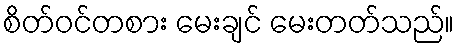
စိတ်ဝင်တစား မေးချင် မေးတတ်သည်။